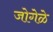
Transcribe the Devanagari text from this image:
जोगेळे